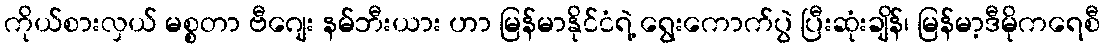
ကိုယ်စားလှယ် မစ္စတာ ဗီဂျေး နမ်ဘီးယား ဟာ မြန်မာနိုင်ငံရဲ့ ရွေးကောက်ပွဲ ပြီးဆုံးချိန်၊ မြန်မာ့ဒီမိုကရေစီ